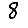
Digit: 8